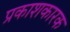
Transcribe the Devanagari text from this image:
प्रकाशकारक